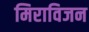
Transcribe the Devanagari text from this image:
मिराविजन